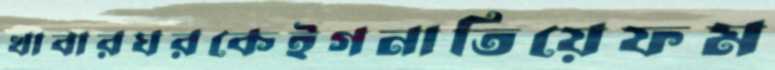
খাবারঘরকেইগনাতিয়েফম